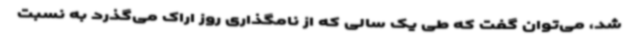
شد، می‌توان گفت که طی یک سالی که از نامگذاری روز اراک می‌گذرد به نسبت